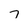
Character: 7